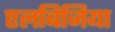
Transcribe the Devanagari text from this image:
एलबिजिया